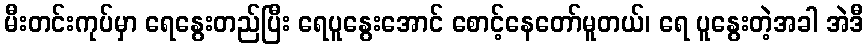
မီးတင်းကုပ်မှာ ရေနွေးတည်ပြီး ရေပူနွေးအောင် စောင့်နေတော်မူတယ်၊ ရေ ပူနွေးတဲ့အခါ အဲဒီ